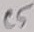
Text: C5